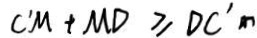
C ^ { \prime } M + M D \geq D C ^ { \prime }